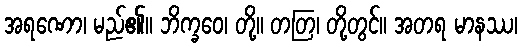
အရဏော၊ မည်၏။ ဘိက္ခဝေ၊ တို့။ တတြ၊ တို့တွင်။ အတရ မာနဿ၊